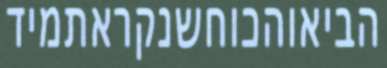
הביאוהכוחשנקראתמיד